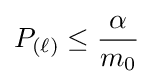
P_{(\ell )}\leq {\frac {\alpha }{m_{0}}}